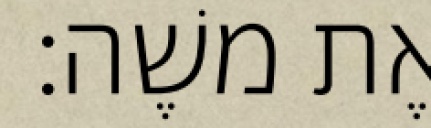
אֶת משֶׁה׃